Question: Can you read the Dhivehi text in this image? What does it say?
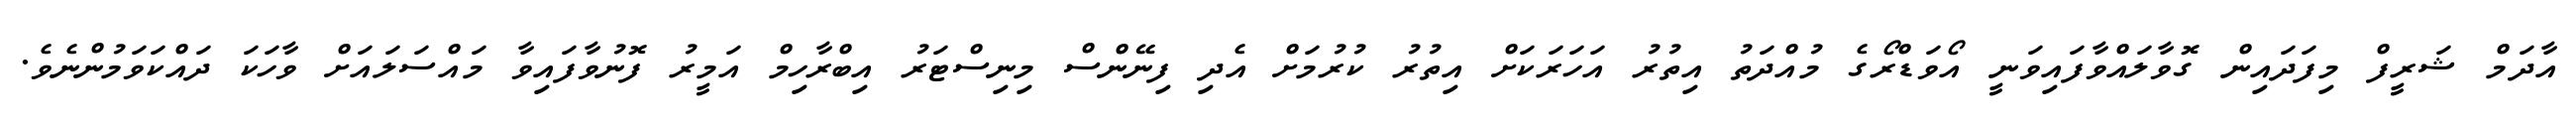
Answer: އާދަމް ޝަރީފް މިފަދައިން ގޮވާލައްވާފައިވަނީ އޯވަޑްރޯގެ މުއްދަތު އިތުރު އަހަރަކަށް އިތުރު ކުރުމަށް އެދި ފިނޭންސް މިނިސްޓަރު އިބްރާހިމް އަމީރު ފޮނުވާފައިވާ މައްސަލައަށް ވާހަކަ ދައްކަވަމުންނެވެ.